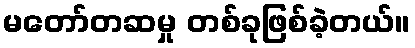
မတော်တဆမှု တစ်ခုဖြစ်ခဲ့တယ်။